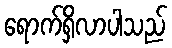
ရောက်ရှိလာပါသည်